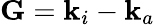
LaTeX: {\mathbf G}={\mathbf k}_{i}-{\mathbf k}_{a}